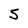
Character: 5